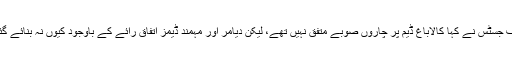
چیف جسٹس نے کہا کالاباغ ڈیم پر چاروں صوبے متفق نہیں تھے، لیکن دیامر اور مہمند ڈیمز اتفاق رائے کے باوجود کیوں نہ بنائے گئے۔